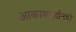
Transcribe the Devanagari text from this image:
आकाशदर्शनही